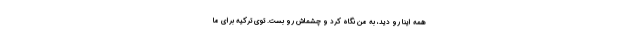
همه اينا رو ديد، به من نگاه كرد و چشماش رو بست. توي تركيه براي ما